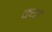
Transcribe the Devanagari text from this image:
क्यां